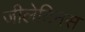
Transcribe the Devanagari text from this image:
जीलेटिनस